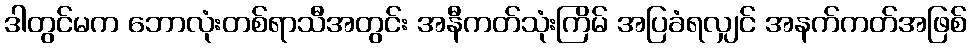
ဒါတွင်မက ဘောလုံးတစ်ရာသီအတွင်း အနီကတ်သုံးကြိမ် အပြခံရလျှင် အနက်ကတ်အဖြစ်